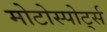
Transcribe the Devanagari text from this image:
मोटोस्पोर्ट्स